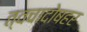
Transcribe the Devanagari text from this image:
त्वचादोषहर